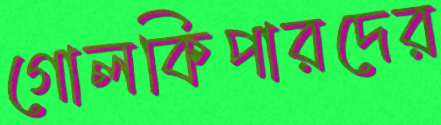
গোলকিপারদের